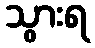
သွားရ